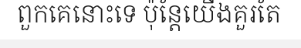
ពួកគេនោះទេ ប៉ុន្តែយើងគួរតែ